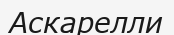
Аскарелли